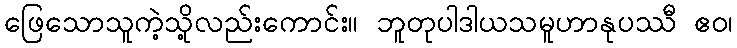
ဖြေသောသူကဲ့သို့လည်းကောင်း။ ဘူတုပါဒါယသမူဟာနုပဿီ ဧဝ၊